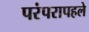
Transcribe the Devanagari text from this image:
परंपरापहले